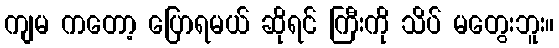
ကျမ ကတော့ ပြောရမယ် ဆိုရင် ကြီးကို သိပ် မတွေးဘူး။